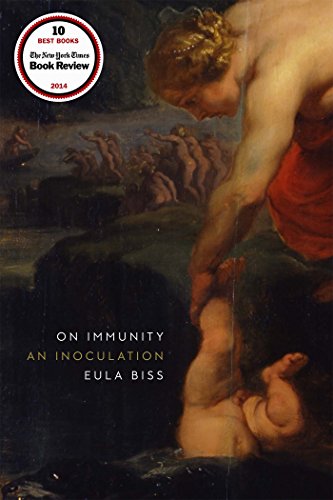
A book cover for On Immunity: An Inoculation; Eula Biss; Health, Fitness & Dieting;